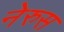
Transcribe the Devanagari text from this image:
नेरुस